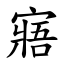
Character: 寤